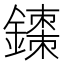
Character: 𫓇